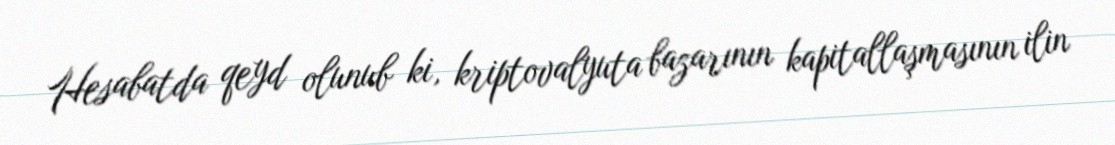
Hesabatda qeyd olunub ki, kriptovalyuta bazarının kapitallaşmasının ilin